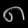
Digit: ၈